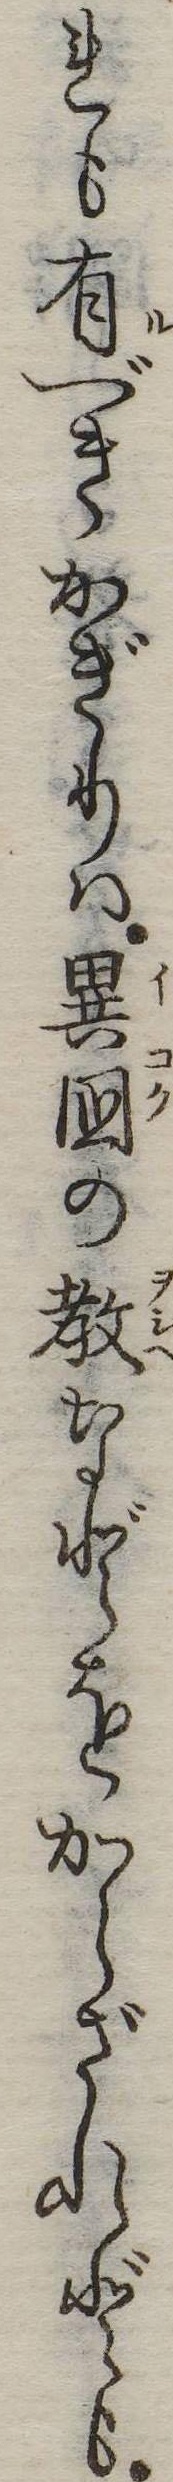
れも有べきかぎりは異国の教などをからざれども